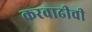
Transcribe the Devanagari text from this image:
करवाढीची